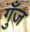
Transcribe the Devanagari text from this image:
गुँज